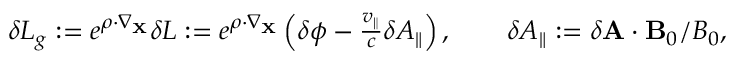
\begin{array} { r } { \delta L _ { g } : = e ^ { \boldsymbol { \rho } \cdot \nabla _ { \mathbf { X } } } \delta L : = e ^ { \boldsymbol { \rho } \cdot \nabla _ { \mathbf { X } } } \left( \delta \phi - \frac { v _ { \parallel } } { c } \delta A _ { \parallel } \right) , \qquad \delta A _ { \parallel } : = \delta \mathbf { A } \cdot \mathbf { B } _ { 0 } / B _ { 0 } , } \end{array}